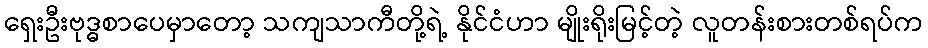
ရှေးဦးဗုဒ္ဓစာပေမှာတော့ သကျသာကီတို့ရဲ့ နိုင်ငံဟာ မျိုးရိုးမြင့်တဲ့ လူတန်းစားတစ်ရပ်က